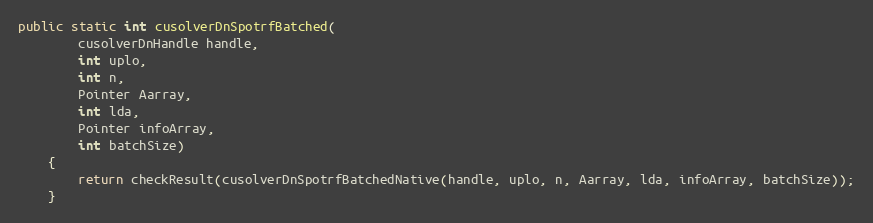
Language: Java
public static int cusolverDnSpotrfBatched(
        cusolverDnHandle handle,
        int uplo,
        int n,
        Pointer Aarray,
        int lda,
        Pointer infoArray,
        int batchSize)
    {
        return checkResult(cusolverDnSpotrfBatchedNative(handle, uplo, n, Aarray, lda, infoArray, batchSize));
    }